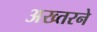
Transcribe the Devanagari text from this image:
अख्तरने